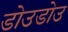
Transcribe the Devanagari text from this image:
डोउडोउ